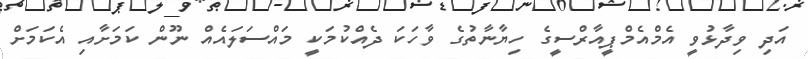
އަދި ވިދާޅުވީ އެމްއެމްޕީއާރްސީގެ ހިޔާނާތުގެ ވާހަކަ ދެއްކުމަކީ މައްސަލައެއް ނޫން ކަމަށާއި އެކަމަށް